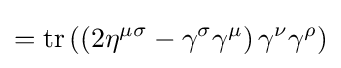
=\operatorname {tr} \left(\left(2\eta ^{\mu \sigma }-\gamma ^{\sigma }\gamma ^{\mu }\right)\gamma ^{\nu }\gamma ^{\rho }\right)